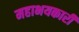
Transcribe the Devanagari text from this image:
महाभयकारी